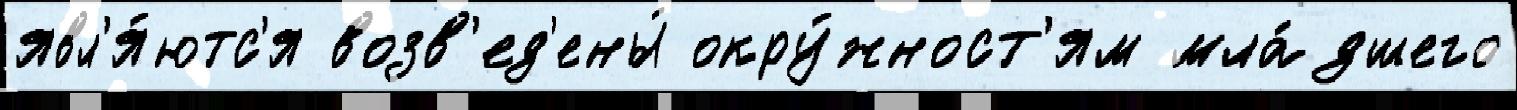
явл'я́ютс'я возв'ед'ены́ окру́жност'ям мла́дшего